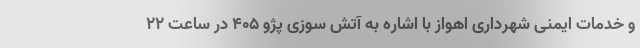
و خدمات ایمنی شهرداری اهواز با اشاره به آتش سوزی پژو ۴۰۵ در ساعت ۲۲